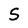
Character: S